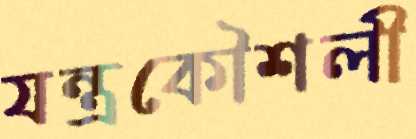
যন্ত্রকৌশলী